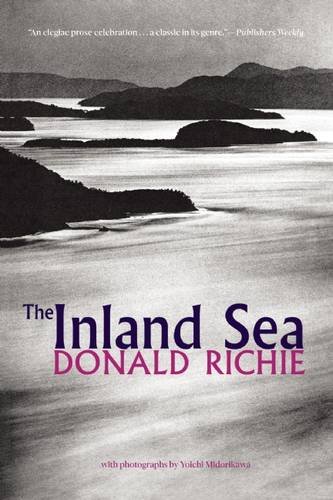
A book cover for The Inland Sea; Donald Richie; Biographies & Memoirs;